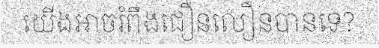
យើងអាចរំពឹងជឿនលឿនបានទេ?